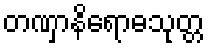
တဏှာနိရောဓသုတ္တ